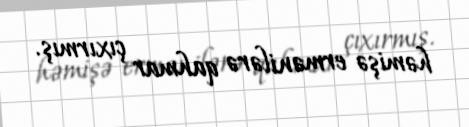
həmişə ermənilərə qahmar çıxırmış.